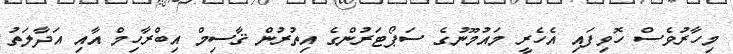
މިހާރުވެސް ހޮވިފައި އެހެރީ މައުމޫނުގެ ސަޕޯޓަރުންގެ އިތުރުން ޤާސިމް އިބްރާހިމް އާއި އަދާލަތު